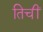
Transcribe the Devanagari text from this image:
तिचीं